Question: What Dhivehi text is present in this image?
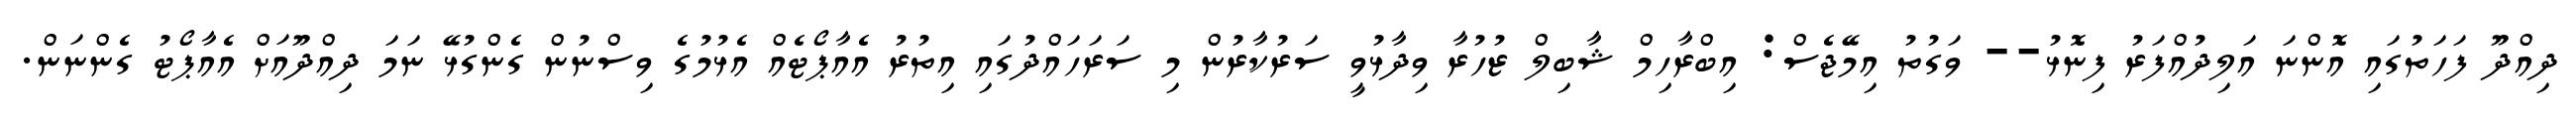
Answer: ދިއްދޫ ފަހަތުގައި އޮންނަ އަލިދުއްފަރު ފިނޮޅު-- ވަގުތު އިމޭޖެސް: އިބްރާހިމް ޝާބިލް ޒުހުރާ ވިދާޅުވީ ސަރުކާރުން މި ސަރަހައްދުގައި އިތުރު އެއާޕޯޓެއް އެޅުމުގެ ވިސްނުން ގެންގުޅޭ ނަމަ ދިއްދޫއަށް އެއާޕޯޓު ގެންނަން.